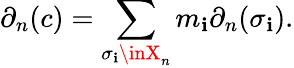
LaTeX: \partial_{n}(c)=\sum_{\sigma_{\mathbf{i}}\inX_{n}}m_{\mathbf{i}}\partial_{n}(\sigma_{\mathbf{i}}).